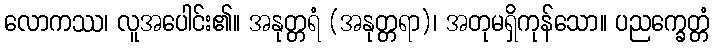
လောကဿ၊ လူအပေါင်း၏။ အနုတ္တရံ (အနုတ္တရာ)၊ အတုမရှိကုန်သော။ ပညက္ခေတ္တံ